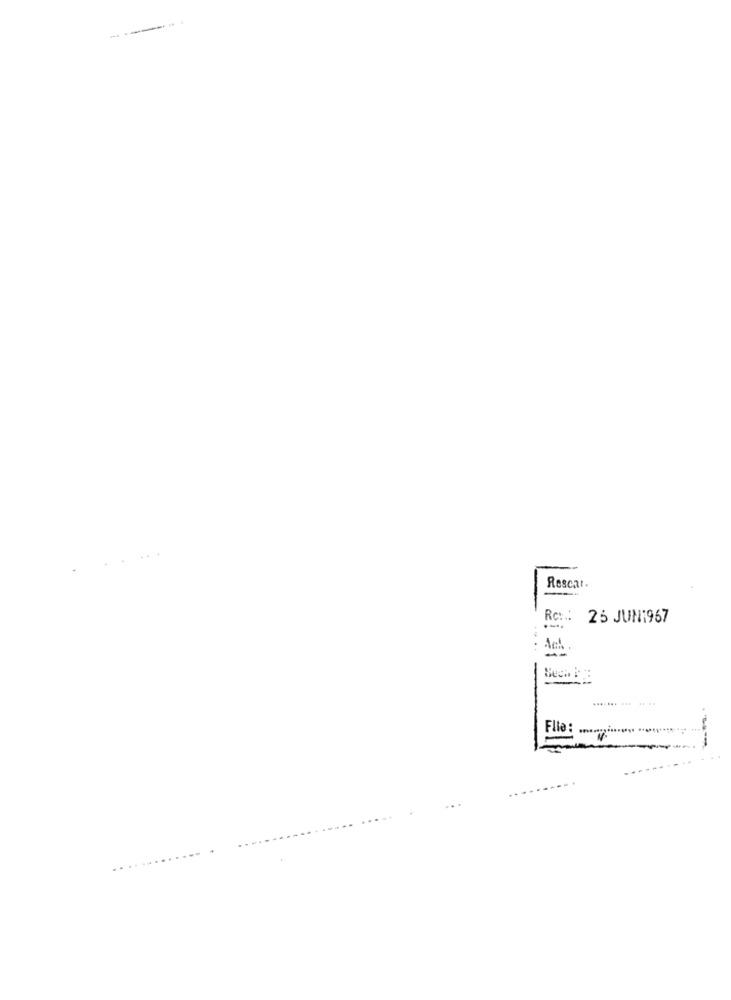
---
Rescar.
RC :.:
25 JUN1967
==
Ach.
File :
..